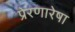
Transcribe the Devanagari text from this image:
प्रेरणारेषा